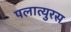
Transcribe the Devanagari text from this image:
पलात्युरस